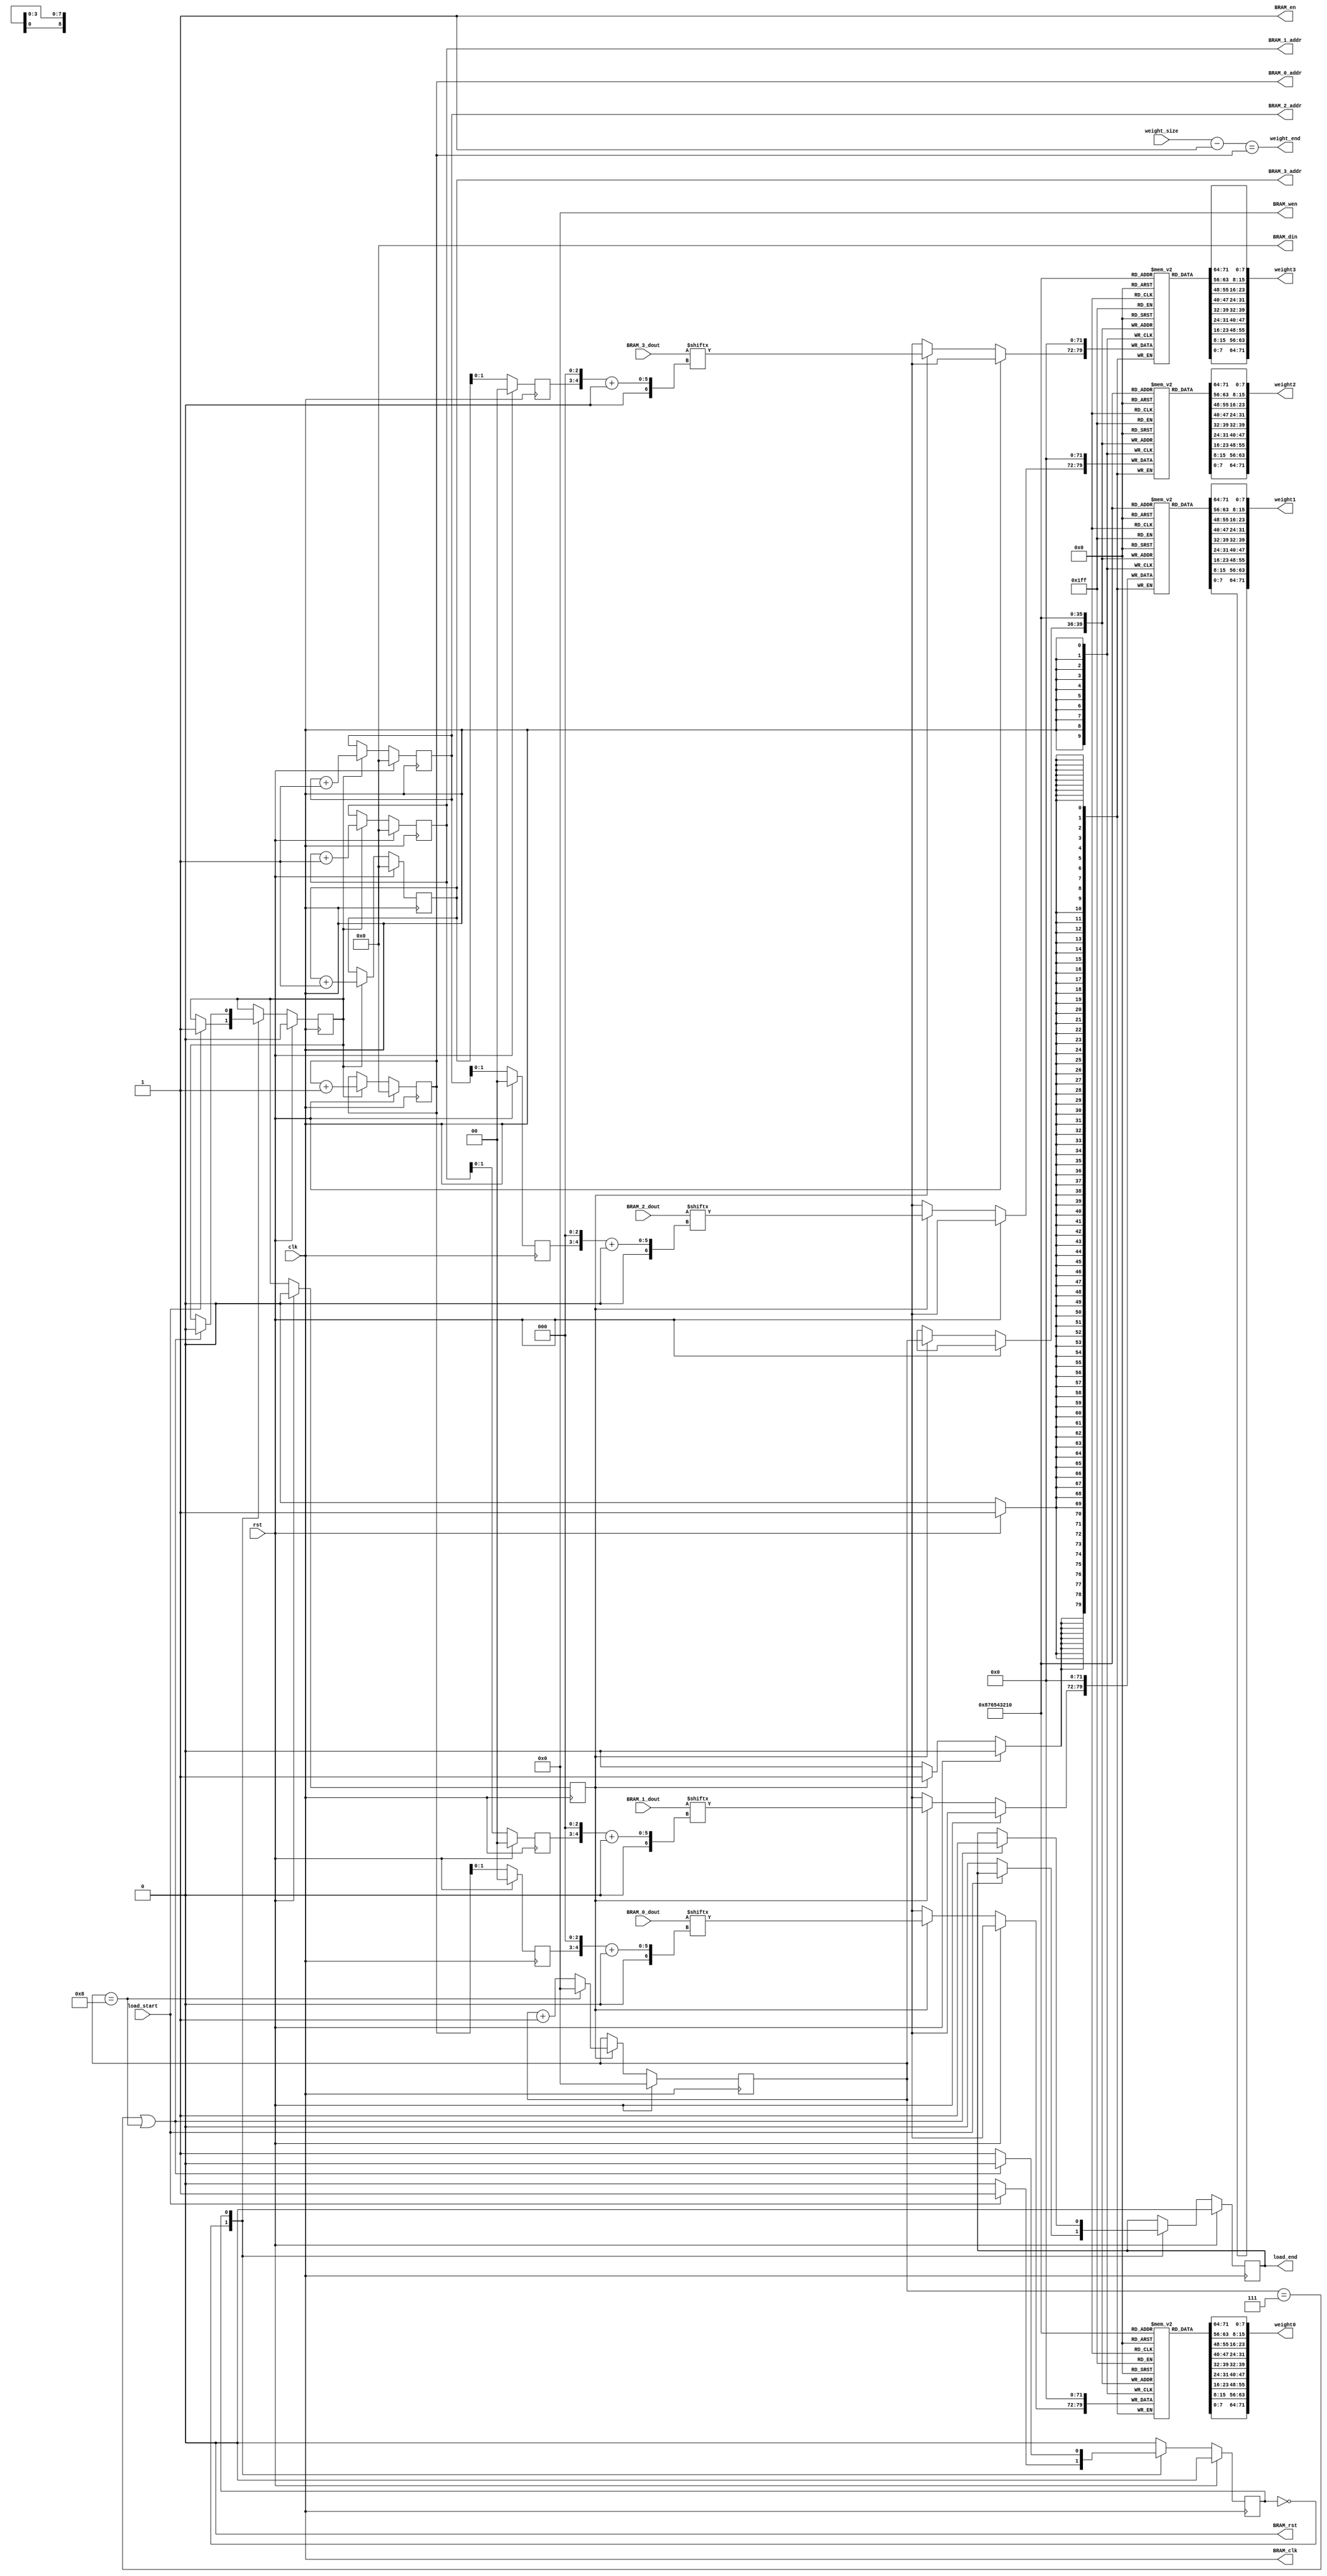
`timescale 1ns / 1ps
//////////////////////////////////////////////////////////////////////////////////
// Company: 
// Engineer: 
// 
// Design Name: 
// Module Name: load_weight
// Project Name: 
// Target Devices: 
// Tool Versions: 
// Description: 
// 
// Dependencies: 
// 
// Revision:
// Revision 0.01 - File Created
// Additional Comments:
// 
//////////////////////////////////////////////////////////////////////////////////


module load_weight(
clk, rst,

load_start,
weight_size, // k*w*h*c
load_end,
weight_end,

weight0,
weight1,
weight2,
weight3,

BRAM_clk,
BRAM_en,
BRAM_rst,
BRAM_din,
BRAM_wen,

BRAM_0_addr,
BRAM_0_dout,

BRAM_1_addr,
BRAM_1_dout,

BRAM_2_addr,
BRAM_2_dout,

BRAM_3_addr,
BRAM_3_dout
    );
    parameter BRAM_ADDR_BIT = 32;
    parameter BRAM_WIDTH = 32;
    parameter WEIGHT_WIDTH = 8;
    
    parameter BRAM_BYTE = BRAM_ADDR_BIT/8;
////////////////////////////////////////////////////////////////////
    localparam STATE_IDLE = 0;
    localparam STATE_LOAD = 1;
//////////////////////////////////////////////////////////////////// 
    input                           clk,rst;
    input                           load_start;
    input  [BRAM_ADDR_BIT-1:0]      weight_size;
    output reg                      load_end;
    output [9*WEIGHT_WIDTH-1:0]     weight0;
    output [9*WEIGHT_WIDTH-1:0]     weight1;
    output [9*WEIGHT_WIDTH-1:0]     weight2;
    output [9*WEIGHT_WIDTH-1:0]     weight3;
    output                          weight_end;
    
    
    output                          BRAM_clk,BRAM_en,BRAM_rst;
    output [BRAM_WIDTH-1:0]         BRAM_din;
    output [BRAM_BYTE-1:0]          BRAM_wen;
  
    
    output reg [BRAM_ADDR_BIT-1:0]  BRAM_0_addr;
    input  [BRAM_WIDTH-1:0]         BRAM_0_dout;
    
    output reg [BRAM_ADDR_BIT-1:0]  BRAM_1_addr;
    input  [BRAM_WIDTH-1:0]         BRAM_1_dout;
    
    output reg [BRAM_ADDR_BIT-1:0]  BRAM_2_addr;
    input  [BRAM_WIDTH-1:0]         BRAM_2_dout;
    
    output reg [BRAM_ADDR_BIT-1:0]  BRAM_3_addr;
    input  [BRAM_WIDTH-1:0]         BRAM_3_dout;
    
////////////////////////////////////////////////////////////////////
    reg                             state;
    reg                             addr_inc;
    reg     [1:0]                   addr_offset[0:3];
    wire                            load_done;
    
    reg [WEIGHT_WIDTH-1:0]          weight0_reg [0:8];
    reg [WEIGHT_WIDTH-1:0]          weight1_reg [0:8];
    reg [WEIGHT_WIDTH-1:0]          weight2_reg [0:8];
    reg [WEIGHT_WIDTH-1:0]          weight3_reg [0:8];
    reg                             weight_vld;
    reg     [3:0]                   weight_index;
    
    integer i;
///////////////////////////////////////////////////////////////////
    assign BRAM_clk = clk;
    assign BRAM_en = 1;
    assign BRAM_rst = 0; 
    assign BRAM_din = 0;
    assign BRAM_wen = 0;
    
    assign load_done = (weight_index == 7 || weight_index == 8);
    
    assign weight0 = {weight0_reg[0], weight0_reg[1], weight0_reg[2], weight0_reg[3], weight0_reg[4], weight0_reg[5], weight0_reg[6], weight0_reg[7], weight0_reg[8]};
    assign weight1 = {weight1_reg[0], weight1_reg[1], weight1_reg[2], weight1_reg[3], weight1_reg[4], weight1_reg[5], weight1_reg[6], weight1_reg[7], weight1_reg[8]};
    assign weight2 = {weight2_reg[0], weight2_reg[1], weight2_reg[2], weight2_reg[3], weight2_reg[4], weight2_reg[5], weight2_reg[6], weight2_reg[7], weight2_reg[8]};
    assign weight3 = {weight3_reg[0], weight3_reg[1], weight3_reg[2], weight3_reg[3], weight3_reg[4], weight3_reg[5], weight3_reg[6], weight3_reg[7], weight3_reg[8]};
    assign weight_end = (weight_size-1 == BRAM_0_addr);
////////////////////////////////////////////////////////////////////
    always@(posedge clk) begin
        if(rst) begin
            state <= STATE_IDLE;
            addr_inc <= 0;
            load_end <= 0;
        end
        else begin
            case(state)
                STATE_IDLE: begin
                    if(load_start) begin
                        state <= STATE_LOAD;
                        addr_inc <= 1;
                    end
                    else load_end <= 0;
                end
                STATE_LOAD: begin
                    if(load_done) begin
                        state <= STATE_IDLE;
                        addr_inc <= 0;
                        load_end <= 1;
                    end
                end
            endcase
        end
    end
    
    always@(posedge clk) begin
        if(rst) begin
            weight_vld <= 0;
        end
        else begin
            weight_vld <= addr_inc;
        end
    end
    
    always@(posedge clk) begin
        if(rst) begin
            BRAM_0_addr <= 0;
            BRAM_1_addr <= 0;
            BRAM_2_addr <= 0;
            BRAM_3_addr <= 0;
        end
        else begin
            if(addr_inc) begin
                BRAM_0_addr <= BRAM_0_addr + 1;
                BRAM_1_addr <= BRAM_1_addr + 1;
                BRAM_2_addr <= BRAM_2_addr + 1;
                BRAM_3_addr <= BRAM_3_addr + 1;
            end
        end
    end
    
    always@(posedge clk) begin
        if(rst) begin
            addr_offset[0] <= 0;
            addr_offset[1] <= 0;
            addr_offset[2] <= 0;
            addr_offset[3] <= 0;
        end
        else begin
            addr_offset[0] <= BRAM_0_addr[1:0];
            addr_offset[1] <= BRAM_1_addr[1:0];
            addr_offset[2] <= BRAM_2_addr[1:0];
            addr_offset[3] <= BRAM_3_addr[1:0];
        end
    end
    
    // write to weight register
    always@(posedge clk) begin
        if(rst) begin
            for(i=0; i < 9; i=i+1) begin
                weight0_reg[i] <= 0;
                weight1_reg[i] <= 0;
                weight2_reg[i] <= 0;
                weight3_reg[i] <= 0;
            end
            weight_index <= 0;
        end
        else begin
            if(weight_vld) begin
                weight_index <= (weight_index == 8)? 0:weight_index+1;
                weight0_reg[weight_index] <= BRAM_0_dout[{addr_offset[0],3'b0} +: 8];
                weight1_reg[weight_index] <= BRAM_1_dout[{addr_offset[1],3'b0} +: 8];
                weight2_reg[weight_index] <= BRAM_2_dout[{addr_offset[2],3'b0} +: 8];
                weight3_reg[weight_index] <= BRAM_3_dout[{addr_offset[3],3'b0} +: 8];
            end
        end
    end
endmodule